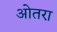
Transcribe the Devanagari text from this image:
ओतरा